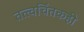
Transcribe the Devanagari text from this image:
तत्त्वचिंतकही